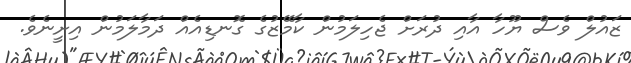
ޒައުލް ވެސް ޔޫހާ އާއި ދުރަށް ޖެހިލަމުން ކާމޭޒުގެ ގޮނޑިއެއް ދަމާލަމުން އިށީނެވެ.